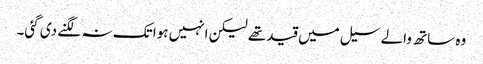
وہ ساتھ والے سیل میں قید تھے لیکن انہیں ہوا تک نہ لگنے دی گئی۔